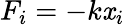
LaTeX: F_{i}=-k\mathit{x}_{i}